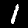
Label: 1